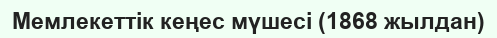
Мемлекеттік кеңес мүшесі (1868 жылдан)